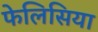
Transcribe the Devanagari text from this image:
फेलिसिया